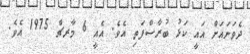
ދެވަނައަށް އައީ ކަޅު ބުރާސްފަތި އެވެ. އެއީ 6 މާރޗް 1975 އެވެ.